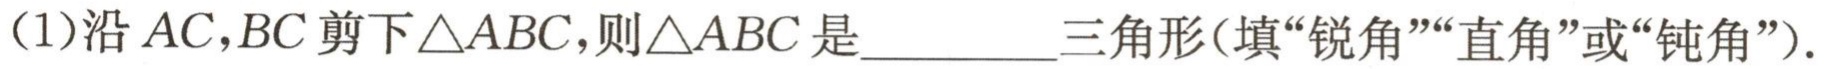
(1)沿$AC,BC$剪下$\triangle ABC$，则$\triangle ABC$是__________三角形（填“锐角”“直角”或“钝角”）.